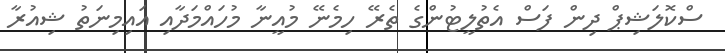
ސްކޮލަޝިޕް ދިން ފަސް އެތުލީޓުންގެ ތެރޭ ހިމެނޭ މުއީނާ މުހައްމަދާއި އައިމިނަތު ޝިއުރާ